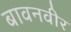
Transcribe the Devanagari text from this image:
बावनवीर